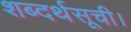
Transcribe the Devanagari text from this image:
शब्दर्थसूची।